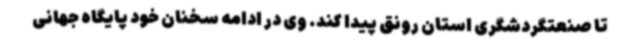
تا صنعتگردشگری استان رونق پیدا کند. وی در ادامه سخنان خود پایگاه جهانی